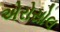
એરોસોલ